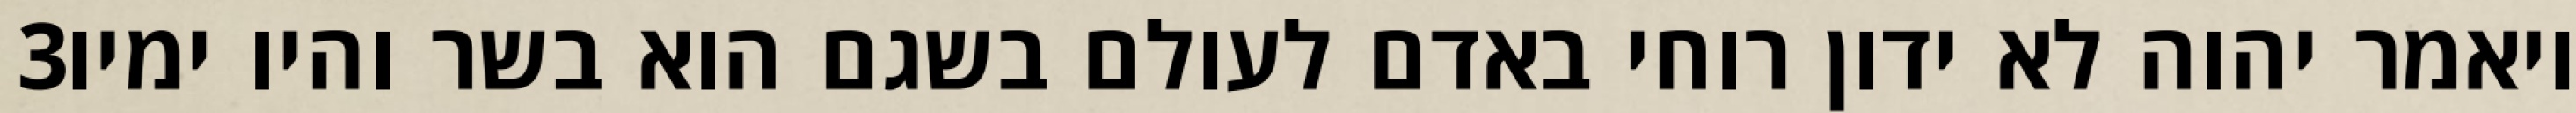
‎3‏ ויאמר יהוה לא ידון רוחי באדם לעולם בשגם הוא בשר והיו ימיו